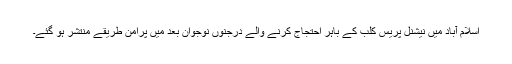
اسلام آباد میں نیشنل پریس کلب کے باہر احتجاج کرنے والے درجنوں نوجوان بعد میں پرامن طریقے منتشر ہو گئے۔